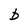
Character: b